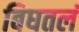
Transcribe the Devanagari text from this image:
बिघतलं